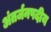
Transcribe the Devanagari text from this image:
अंतर्जनपदीय